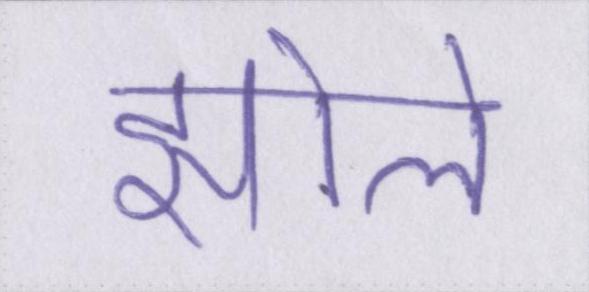
झोले